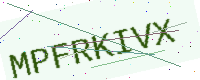
Text: MPFRKIVX